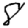
Digit: 8